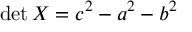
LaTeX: \operatorname* { d e t } X = c ^ { 2 } - a ^ { 2 } - b ^ { 2 }